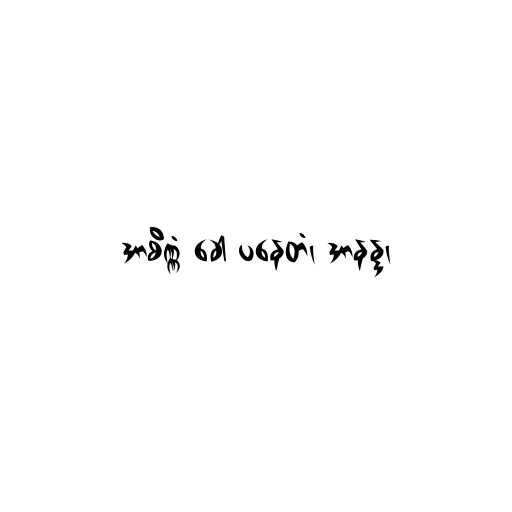
အာစိဏ္ဏံ ခေါ ပနေတံ၊ အာနန္ဒ၊